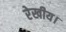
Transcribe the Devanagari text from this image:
रेखीय।